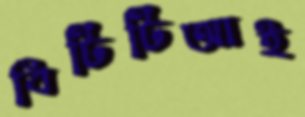
বিটিটিআই